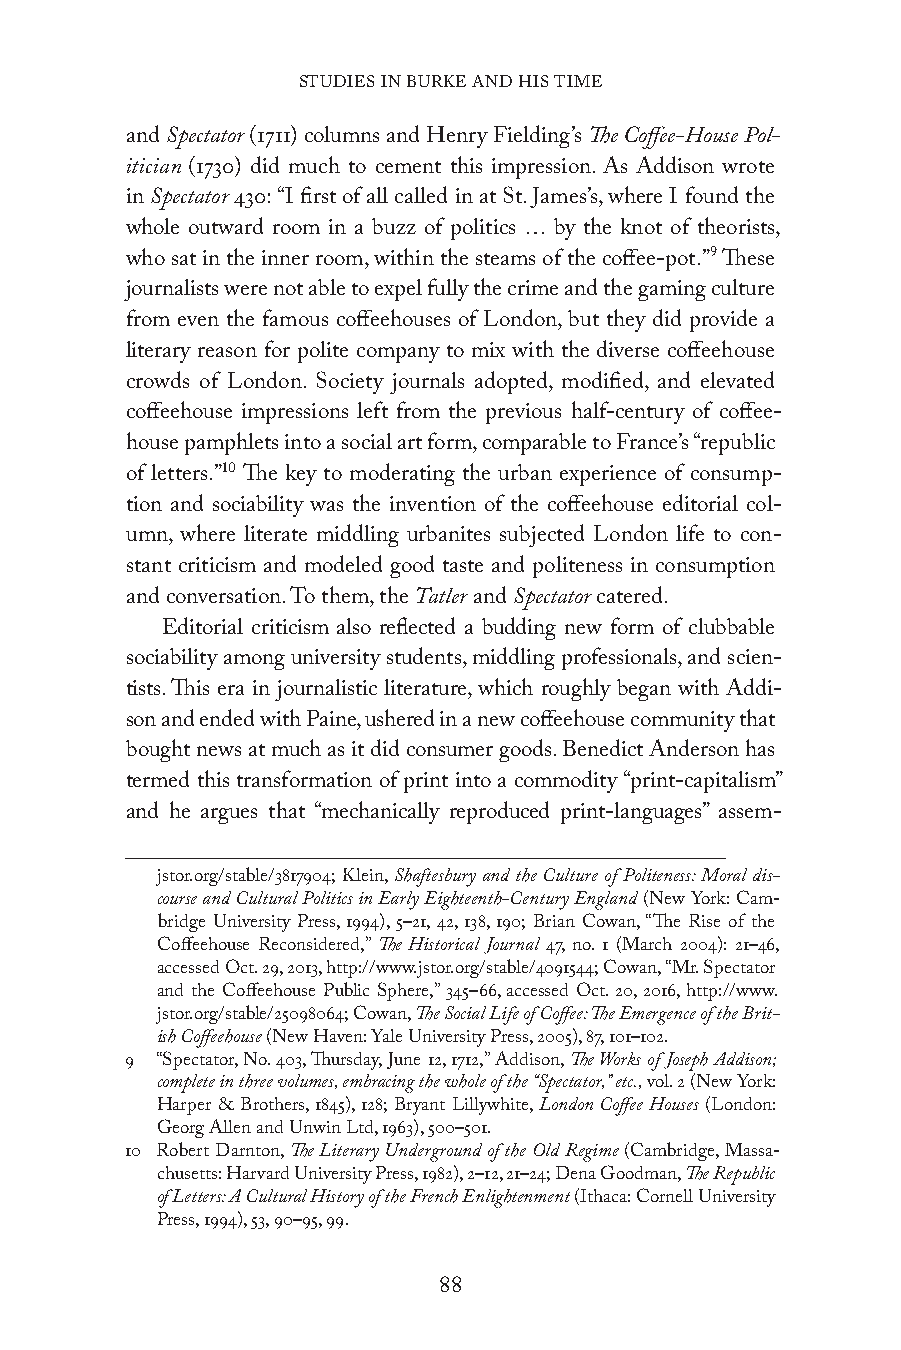
STUDIES IN BURKE AND HIS TIME
 and Spectator (1711) columns and Henry Fielding’s The Coffee-House Pol-
 itician (1730) did much to cement this impression. As Addison wrote
 in Spectator 430: “I first of all called in at St. James’s, where I found the
 whole outward room in a buzz of politics … by the knot of theorists,
 who sat in the inner room, within the steams of the coffee-pot.”9 These
 journalists were not able to expel fully the crime and the gaming culture
 from even the famous coffeehouses of London, but they did provide a
 literary reason for polite company to mix with the diverse coffeehouse
 crowds of London. Society journals adopted, modified, and elevated
 coffeehouse impressions left from the previous half-century of coffee-
 house pamphlets into a social art form, comparable to France’s “republic
 of letters.”10 The key to moderating the urban experience of consump-
 tion and sociability was the invention of the coffeehouse editorial col-
 umn, where literate middling urbanites subjected London life to con-
 stant criticism and modeled good taste and politeness in consumption
 and conversation. To them, the Tatler and Spectator catered.
 Editorial criticism also reflected a budding new form of clubbable
 sociability among university students, middling professionals, and scien-
 tists. This era in journalistic literature, which roughly began with Addi-
 son and ended with Paine, ushered in a new coffeehouse community that
 bought news at much as it did consumer goods. Benedict Anderson has
 termed this transformation of print into a commodity “print-capitalism”
 and he argues that “mechanically reproduced print-languages” assem-
 jstor.org/stable/3817904; Klein, Shaftesbury and the Culture of Politeness: Moral dis-
 course and Cultural Politics in Early Eighteenth-Century England (New York: Cam-
 bridge University Press, 1994), 5–21, 42, 138, 190; Brian Cowan, “The Rise of the
 Coffeehouse Reconsidered,” The Historical Journal 47, no. 1 (March 2004): 21–46,
 accessed Oct. 29, 2013, http://www.jstor.org/stable/4091544; Cowan, “Mr. Spectator
 and the Coffeehouse Public Sphere,” 345–66, accessed Oct. 20, 2016, http://www.
 jstor.org/stable/25098064; Cowan, The Social Life of Coffee: The Emergence of the Brit-
 ish Coffeehouse (New Haven: Yale University Press, 2005), 87, 101–102.
 9 “Spectator, No. 403, Thursday, June 12, 1712,” Addison, The Works of Joseph Addison;
 complete in three volumes, embracing the whole of the “Spectator,” etc., vol. 2 (New York:
 Harper & Brothers, 1845), 128; Bryant Lillywhite, London Coffee Houses (London:
 Georg Allen and Unwin Ltd, 1963), 500–501.
 10 Robert Darnton, The Literary Underground of the Old Regime (Cambridge, Massa-
 chusetts: Harvard University Press, 1982), 2–12, 21–24; Dena Goodman, The Republic
 of Letters: A Cultural History of the French Enlightenment (Ithaca: Cornell University
 Press, 1994), 53, 90–95, 99.
 88